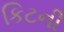
કિટની